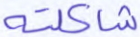
شاكلته